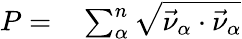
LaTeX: \begin{array}{rl}{P=}&{{}\sum_{\alpha}^{n}\sqrt{\vec{\nu}_{\alpha}\cdot\vec{\nu}_{\alpha}}}\end{array}